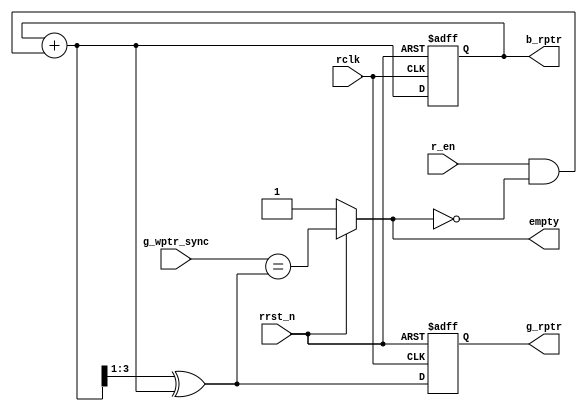
module rptr_handler #(parameter PTR_WIDTH=3) (
  input rclk, rrst_n, r_en,
  input [PTR_WIDTH:0] g_wptr_sync,
  output reg [PTR_WIDTH:0] b_rptr, g_rptr,
  output wire empty
);

  wire [PTR_WIDTH:0] b_rptr_next;
  wire [PTR_WIDTH:0] g_rptr_next;

  assign b_rptr_next = b_rptr+(r_en & !empty);
  assign g_rptr_next = (b_rptr_next >>1)^b_rptr_next;
  assign rempty = (g_wptr_sync == g_rptr_next);
  
  always@(posedge rclk or negedge rrst_n) begin
    if(!rrst_n) begin
      b_rptr <= 0;
      g_rptr <= 0;
    end
    else begin
      b_rptr <= b_rptr_next;
      g_rptr <= g_rptr_next;
    end
  end
  
  assign empty = (!rrst_n) ? 1'b1 : rempty;
  
endmodule